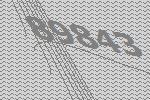
89843